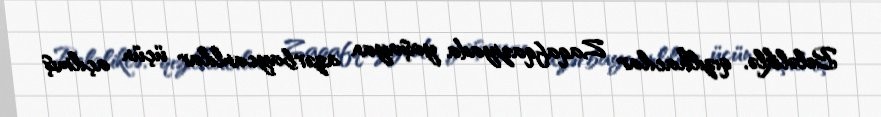
Beləliklə, qızılhacılar Zaqafqaziyada yaşayan azərbaycanlılar üçün açılmış